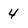
Character: 4